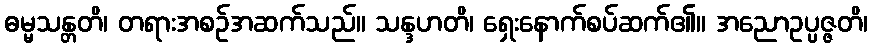
ဓမ္မသန္တတိ၊ တရားအစဉ်အဆက်သည်။ သန္ဒဟတိ၊ ရှေးနောက်စပ်ဆက်၏။ အညောဥပ္ပဇ္ဇတိ၊